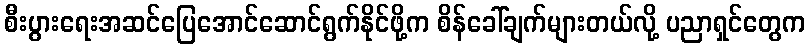
စီးပွားရေးအဆင်ပြေအောင်ဆောင်ရွက်နိုင်ဖို့က စိန်ခေါ်ချက်များတယ်လို့ ပညာရှင်တွေက